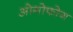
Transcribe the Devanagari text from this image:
ओगोफोग